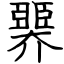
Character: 臩